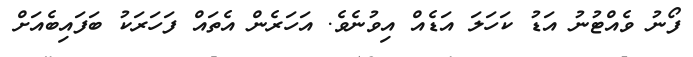
ފޯނު ވެއްޓުނު އަޑު ކަހަލަ އަޑެއް އިވުނެވެ. އަހަރެން އެތައް ފަހަރަކު ބަފައިބެއަށް